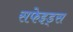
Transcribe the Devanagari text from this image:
सफेइड्स